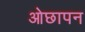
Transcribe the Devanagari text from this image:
ओछापन